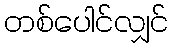
တစ်ပေါင်လျှင်